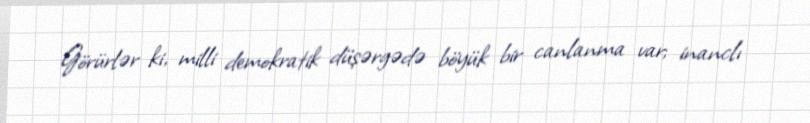
Görürlər ki, milli demokratik düşərgədə böyük bir canlanma var; inanclı